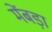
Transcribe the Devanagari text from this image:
मेंबड़ा